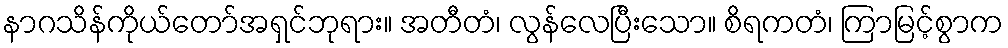
နာဂသိန်ကိုယ်တော်အရှင်ဘုရား။ အတီတံ၊ လွန်လေပြီးသော။ စိရကတံ၊ ကြာမြင့်စွာက